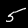
Digit: 5